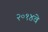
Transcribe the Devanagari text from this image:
२०१४वे